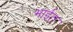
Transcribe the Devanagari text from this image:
भाईत